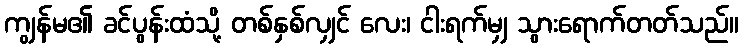
ကျွန်မ၏ ခင်ပွန်းထံသို့ တစ်နှစ်လျှင် လေး၊ ငါးရက်မျှ သွားရောက်တတ်သည်။